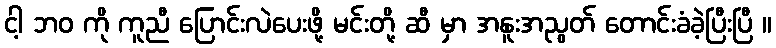
ငါ့ ဘဝ ကို ကူညီ ပြောင်းလဲပေးဖို့ မင်းတို့ ဆီ မှာ အနူးအညွတ် တောင်းခံခဲ့ပြီးပြီ ။